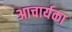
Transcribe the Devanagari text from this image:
अाचार्यका